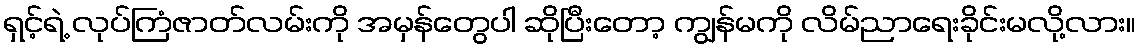
ရှင့်ရဲ့ လုပ်ကြံဇာတ်လမ်းကို အမှန်တွေပါ ဆိုပြီးတော့ ကျွန်မကို လိမ်ညာရေးခိုင်းမလို့လား။